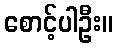
စောင့်ပါဦး။